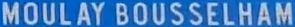
MOULAY BOUSSELHAM